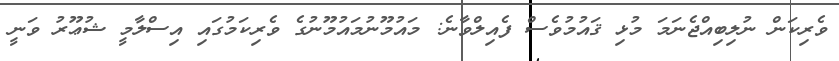
ވެރިކަން ނުލިބިއްޖެނަމަ މުޅި ޤައުމުވެސް ފެއިލްވާނެ: މައުމޫނުމައުމޫނުގެ ވެރިކަމުގައި އިސްލާމީ ޝުޢޫރު ވަނީ